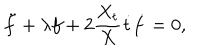
\ddot { f } + \lambda f + 2 \frac { X _ { t } } { X } \dot { t } \dot { f } = 0 ,